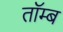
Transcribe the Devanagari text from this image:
तॉम्ब